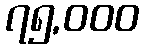
၇၅,၀၀၀